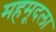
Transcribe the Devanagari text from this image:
महमूदला